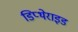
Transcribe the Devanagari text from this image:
डिप्थेराइड